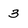
Character: 3